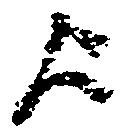
歟